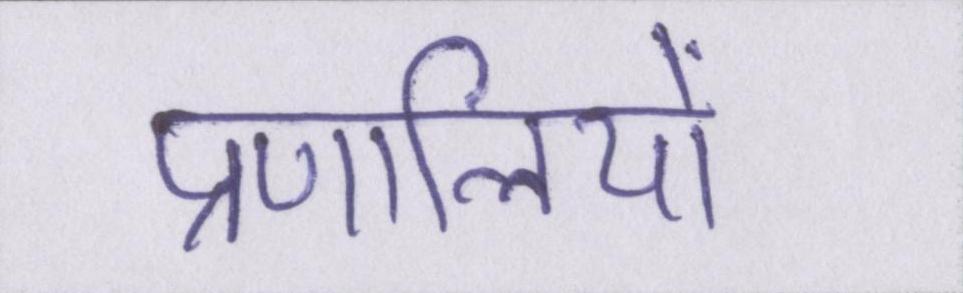
प्रणालियों